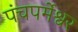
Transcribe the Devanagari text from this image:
पंचपर्मेश्वर